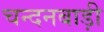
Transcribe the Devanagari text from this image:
चन्दनबाड़ी